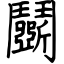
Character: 鬭